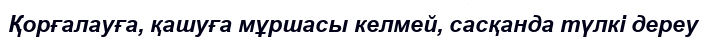
Қорғалауға, қашуға мұршасы келмей, сасқанда түлкі дереу